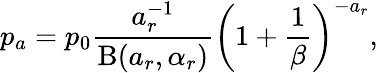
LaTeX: p_{a}=p_{0}\frac{a_{r}^{-1}}{\mathrm{B}(a_{r},\alpha_{r})}\left(1+\frac{1}{\beta}\right)^{-a_{r}},